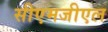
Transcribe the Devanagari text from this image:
सीएमजीएल